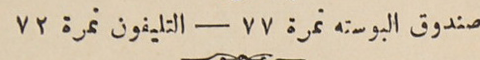
صندوق البوسته نمرة ٧٧ – التليفون نمرة ٧٢